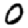
Digit: 0